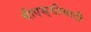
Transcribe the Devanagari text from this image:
बीएस्‌सीसाठी